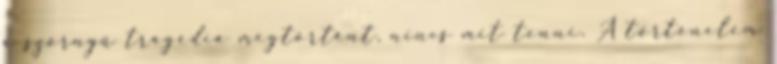
a ször­nyű tragé­di­a megtörtént, nincs mit tenni. A történelem